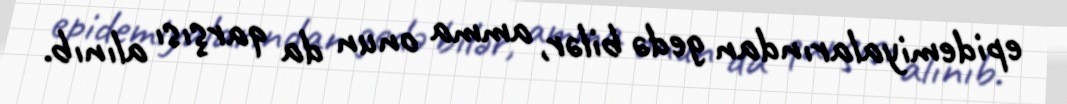
epidemiyalarından gedə bilər, amma onun da qarşısı alınıb.